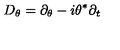
D _ { \theta } = \partial _ { \theta } - i \theta ^ { \ast } \partial _ { t }